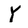
Character: Y